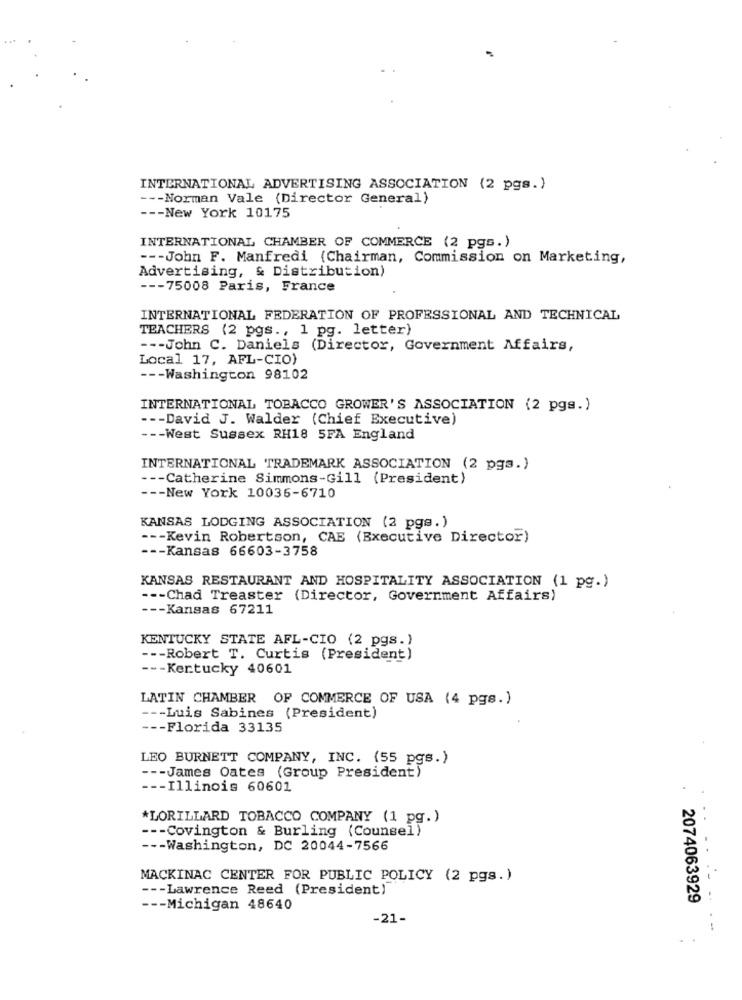
INTERNATIONAL ADVERTISING ASSOCIATION (2 pgs.)
--- Norman Vale (Director General)
--- New York 10175
INTERNATIONAL CHAMBER OF COMMERCE (2 pgs.)
--- John F. Manfredi (Chairman, Commission on Marketing,
Advertising, & Distribution)
--- 75008 Paris, France
INTERNATIONAL FEDERATION OF PROFESSIONAL AND TECHNICAL
TEACHERS (2 pgs ., 1 pg. letter)
--- John C. Daniels (Director, Government Affairs,
Local 17, AFL-CIO)
--- Washington 98102
INTERNATIONAL TOBACCO GROWER'S ASSOCIATION (2 pgs.)
--- David J. Walder (Chief Executive)
-- West Sussex RH18 5FA England
INTERNATIONAL TRADEMARK ASSOCIATION (2 pgs.)
--- Catherine Simmons-Gill (President)
--- New York 10036-6710
KANSAS LODGING ASSOCIATION (2 pgs.)
--- Kevin Robertson, CAE (Executive Director)
--- Kansas 66603-3758
KANSAS RESTAURANT AND HOSPITALITY ASSOCIATION (1 pg.)
--- Chad Treaster (Director, Government Affairs)
--- Kansas 67211
KENTUCKY STATE AFL-CIO (2 pgs.)
--- Robert T. Curtis (President)
-- Kentucky 40601
LATIN CHAMBER OF COMMERCE OF USA (4 pgs. )
--- Luis Sabines (President)
--- Florida 33135
LEO BURNETT COMPANY, INC. (55 pgs.)
--- James Oates (Group President)
--- Illinois 60601
*LORILLARD TOBACCO COMPANY (1 pg.)
--- Covington & Burling (Counsel)
--- Washington, DC 20044-7566
MACKINAC CENTER FOR PUBLIC POLICY (2 pgs.)
--- Lawrence Reed (President)
2074063929
--- Michigan 48640
-21-